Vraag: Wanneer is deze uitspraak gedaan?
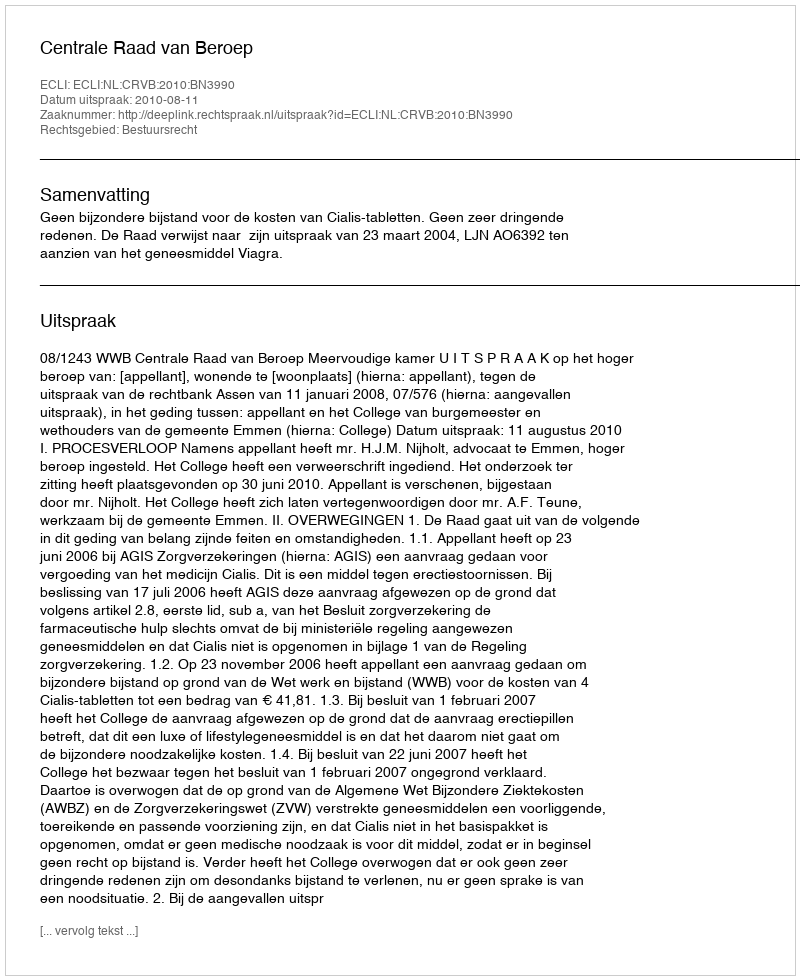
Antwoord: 2010-08-11